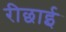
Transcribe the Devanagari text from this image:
रीछाई